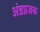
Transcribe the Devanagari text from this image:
अंडप्रजक